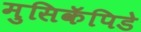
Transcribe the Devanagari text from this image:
मुसिकॅपिडे